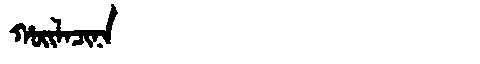
Manchu: ᡥᠣᡳᠯᠠᠴᡳᠨᠠ
Romanization: HOILACINA